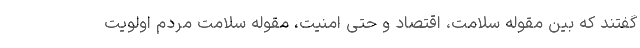
گفتند که بین مقوله سلامت، اقتصاد و حتی امنیت، مقوله سلامت مردم اولویت